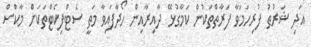
އަދި ޝަރުޠު ފުރިހަމަވާ ފަރާތްތަކުން ކަމާގުޅޭ ދާއިރާއިން ހޯދާފައިވާ މަތީ ސެޓްފިކެޓްތަކަށް މާކްސް